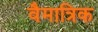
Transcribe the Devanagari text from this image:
वैमात्रिक